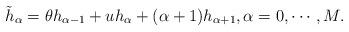
LaTeX: \begin{align*}\tilde{h}_{\alpha} = \theta h_{\alpha-1} + u h_{\alpha} + (\alpha + 1) h_{\alpha+1},\alpha = 0, \cdots, M.\end{align*}